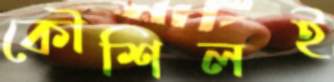
কৌশিলই